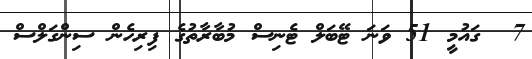
7  ގައުމީ 51 ވަނަ ޓޭބަލް ޓެނިސް މުބާރާތުގެ ފިރިހެން ސިންގަލްސް